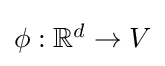
{\textstyle \phi :\mathbb {R} ^{d}\to V}